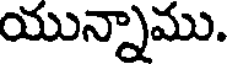
యున్నాము.